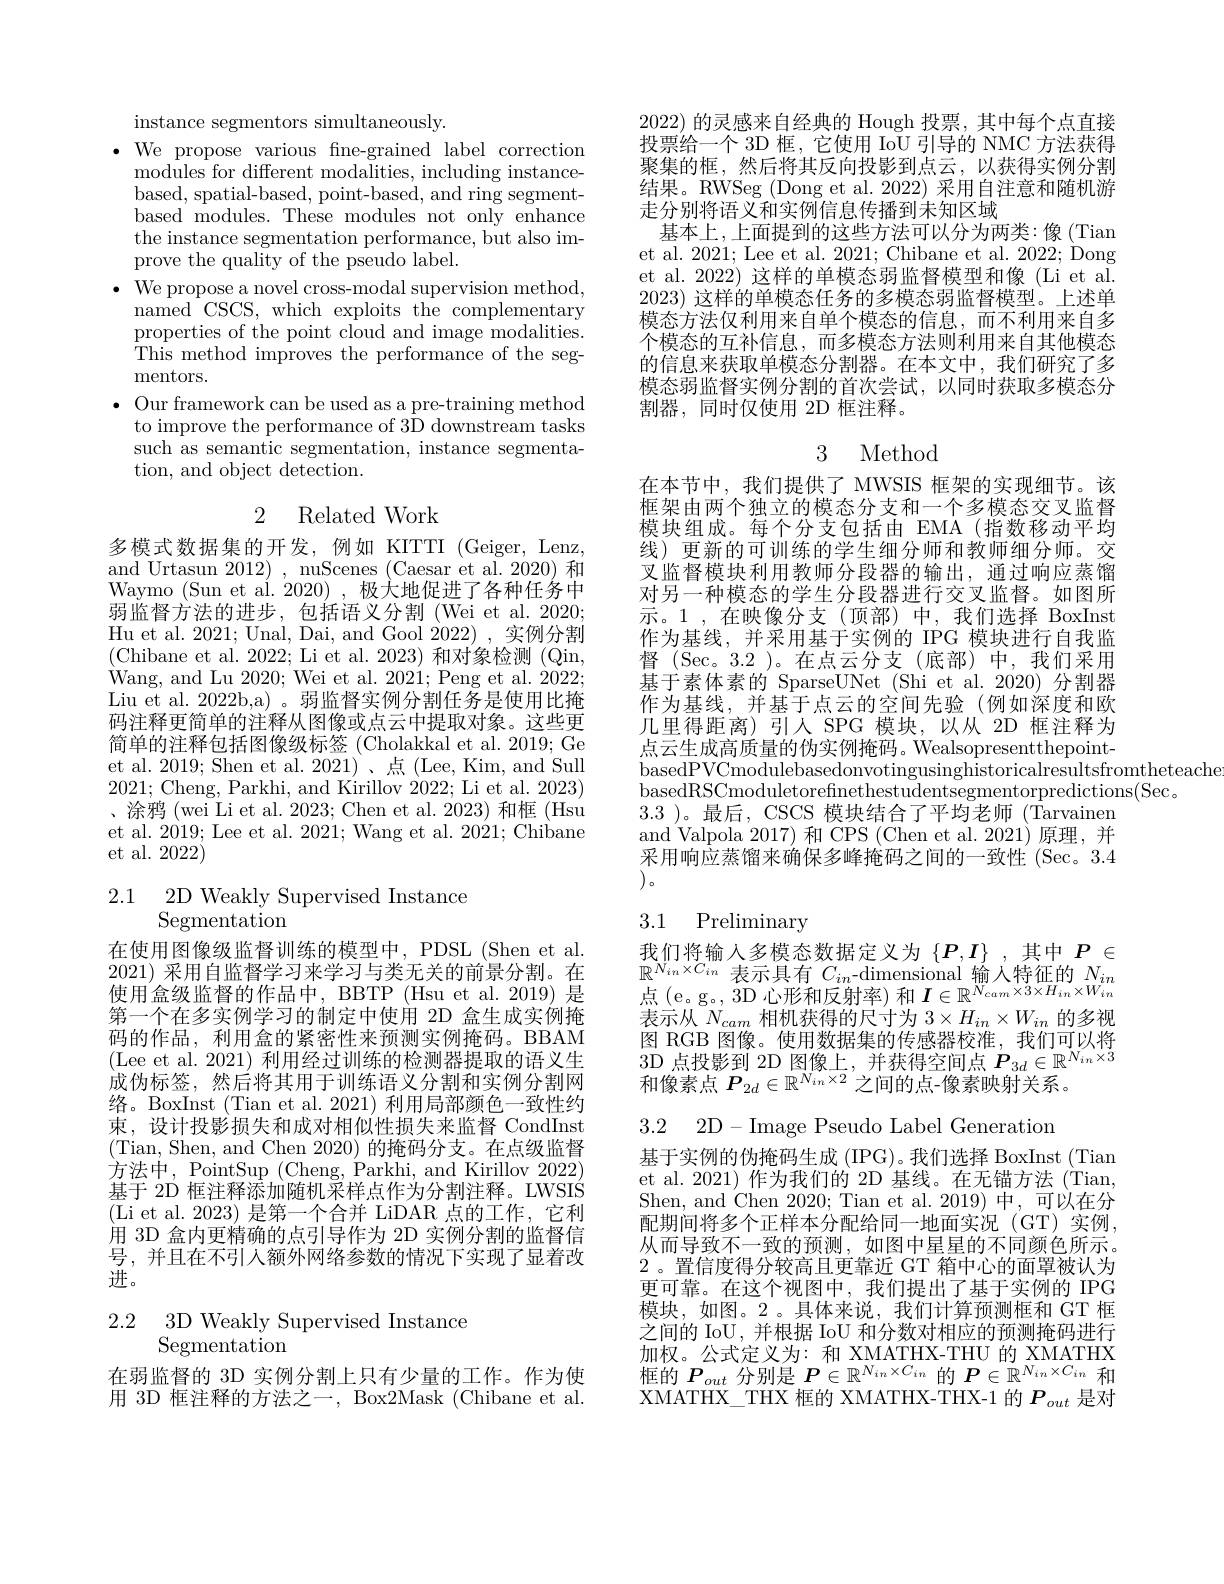
instance segmentors simultaneously.
$\bullet$ We propose various fne-grained label correction
modules for different modalities, including instancebased, spatial-based, point-based, and ring segmentbased modules. These modules not only enhance the instance segmentation performance, but also improve the quality of the pseudo label.
$\cdot{\mathrm{~We~propose~a~novel~cross-modal~supervision~method,}}$ named CSCS, which exploits the complementary properties of the point cloud and image modalities. This method improves the performance of the segmentors.
$\bullet$ Our framework can be used as a pre-training method
to improve the performance of 3D downstream tasks such as semantic segmentation, instance segmentation, and object detection.

2 Related Work

多模式数据集的开发，例如 KITTI (Geiger, Lenz, and Urtasun 2012), nuScenes (Caesar et al.2020)和Waymo (Sun et al. 2020), 极大地促进了各种任务中弱监督方法的进步，包括语义分割 (Wei et al. 2020; Hu et al. 2021; Unal, Dai, and Gool 2022),实例分割(Chibane et al. 2022; Li et al. 2023)和对象检测(Qin, Wang, and Lu 2020; Wei et al. 2021; Peng et al. 2022; Liu et al. 2022b,a) 。弱监督实例分割任务是使用比掩码注释更简单的注释从图像或点云中提取对象。这些更简单的注释包括图像级标签 (Cholakkal et al. 2019; Ge et al. 2019; Shen et al. 2021)、点 (Lee, Kim, and Sull 2021; Cheng, Parkhi, and Kirillov 2022; Li et al. 2023) 、涂鸦 (wei Li et al. 2023; Chen et al. 2023) 和框 (Hsu et al. 2019; Lee et al. 2021; Wang et al. 2021; Chibane et al. 2022)

2.1 2D Weakly Supervised Instance
Segmentation

在使用图像级监督训练的模型中，PDSL(Shen et al. 2021) 采用自监督学习来学习与类无关的前景分割。在使用盒级监督的作品中，BBTP (Hsu et al.2019) 是第一个在多实例学习的制定中使用 2D 盒生成实例掩码的作品，利用盒的紧密性来预测实例掩码。BBAM (Lee et al. 2021) 利用经过训练的检测器提取的语义生成伪标签，然后将其用于训练语义分割和实例分割网络。BoxInst (Tian et al. 2021) 利用局部颜色一致性约束，设计投影损失和成对相似性损失来监督 CondInst (Tian, Shen, and Chen 2020) 的掩码分支。在点级监督方法中，PointSup (Cheng, Parkhi, and Kirillov 2022) 基于 2D 框注释添加随机采样点作为分割注释。LWSIŚ (Li et al. 2023)是第一个合并 LiDAR 点的工作，它利用 3D 盒内更精确的点引导作为 2D 实例分割的监督信号，并且在不引人额外网络参数的情况下实现了显着改进。

2.2 3D Weakly Supervised Instance
# Segmentation

在弱监督的 3D 实例分割上只有少量的工作。作为使用 3D 框注释的方法之一，Box2Mask (Chibane et al.

2022)的灵感来自经典的 Hough 投票，其中每个点直接投票给一个 3D 框，它使用 IoU 引导的 NMC 方法获得聚集的框，然后将其反向投影到点云，以获得实例分割结果。RWSeg (Dong et al. 2022) 采用自注意和随机游走分别将语义和实例信息传播到未知区域
基本上，上面提到的这些方法可以分为两类：像(Tian et al. 2021; Lee et al. 2021; Chibane et al. 2022; Dong et al. 2022) 这样的单模态弱监督模型和像(Li et al. 2023)这样的单模态任务的多模态弱监督模型。上述单模态方法仅利用来自单个模态的信息，而不利用来自多个模态的互补信息，而多模态方法则利用来自其他模态的信息来获取单模态分割器。在本文中，我们研究了多模态弱监督实例分割的首次尝试，以同时获取多模态分割器，同时仅使用 2D 框注释。

## 3 Method

在本节中，我们提供了 MWSIS 框架的实现细节。该框架由两个独立的模态分支和一个多模态交叉监督模块组成。每个分支包括由 EMA(指数移动平均线) 更新的可训练的学生细分师和教师细分师。交叉监督模块利用教师分段器的输出，通过响应蒸馏对另一种模态的学生分段器进行交叉监督。如图所示。1,在映像分支(顶部)中，我们选择BoxInst 作为基线，并采用基于实例的 IPG 模块进行自我监督 (Sec。3.2 )。在点云分支(底部)中，我们采用基于素体素的 SparseUNet (Shi et al.2020)分割器作为基线，并基于点云的空间先验(例如深度和欧几里得距离)引人 SPG 模块，以从 2D 框注释为点云生成高质量的伪实例掩码。WealsopresentthepointbasedPVCmodulebasedonvotingusinghistoricalresultsfromtheteache
basedRSCmoduletorefinethestudentsegmentorpredictions(Sec.
3.3 )。最后，CSCS 模块结合了平均老师 (Tarvainen and Valpola 2017) 和 CPS (Chen et al. 2021) 原理，并采用响应蒸馏来确保多峰掩码之间的一致性 (Sec。3.4 $\left)。\:\right)$。

## 3.1 Preliminary

我们将输入多模态数据定义为$\{P,I\}$ ,其中$P\in$ $\begin{array}{l}{\mathbb{R}^{N_{in}\times C_{in}}\text{ 表示具有 }C_{in}\mathrm{-dimensional}\text{ 输入特征的}N_{in}}\\{\text{点 (e。g。, 3D 心形和反射率) 和 }I\in\mathbb{R}^{N_{cam}\times3\times H_{in}\times W_{in}}}\end{array}$ 表示从$N_cam$相机获得的尺寸为$3\times H_in\times W_{in}$的多视图 RGB 图像。使用数据集的传感器校准，我们可以将3D 点投影到 2D 图像上，并获得空间点$P_3d\in\mathbb{R}^{N_{in}\times3}$ 和像素点$P_{2d}\in\mathbb{R}^{N_{in}\times2}$之间的点-像素映射关系。

3.2 2D-Image Pseudo Label Generation

基于实例的伪掩码生成 (IPG)。我们选择 BoxInst (Tian et al. 2021) 作为我们的 2D 基线。在无锚方法 (Tian, Shen, and Chen 2020; Tian et al. 2019) 中，可以在分配期间将多个正样本分配给同一地面实况(GT)实例， 从而导致不一致的预测，如图中星星的不同颜色所示。2 。置信度得分较高且更靠近 GT 箱中心的面罩被认为更可靠。在这个视图中，我们提出了基于实例的 IPG 模块，如图。2。具体来说，我们计算预测框和GT框之间的 IoU , 并根据 IoU 和分数对相应的预测掩码进行加权。公式定义为：和 XMATHX-THU 的 XMATHX 框的$P_out$分别是$P\in\mathbb{R}^N_{in}\times C_{in}$的$\boldsymbol{P}\in\mathbb{R}^N_{in}\times C_{in}$和XMATHX\_THX\_ THX 框的 XMATHX-THX-1 的$P_{out}$是对